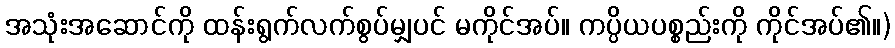
အသုံးအဆောင်ကို ထန်းရွက်လက်စွပ်မျှပင် မကိုင်အပ်။ ကပ္ပိယပစ္စည်းကို ကိုင်အပ်၏။)